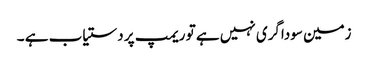
زمین سوداگری نہیں ہے تو ریمپ پر دستیاب ہے ۔